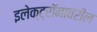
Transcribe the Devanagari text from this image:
इलेक्ट्रॉनावरील